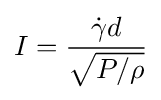
I={\frac {{\dot {\gamma }}d}{\sqrt {P/\rho }}}